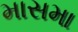
માસમા